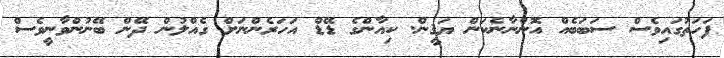
ފަހަތުގައިވެސް ސަބަބެއް އޮންނާނެކަން ޔަޤީން. ކިއާންގެ ޑޭޑް އަހަރެންނަށް ގެއްލުން ދޭން ބޭނުންވާނީވެސް